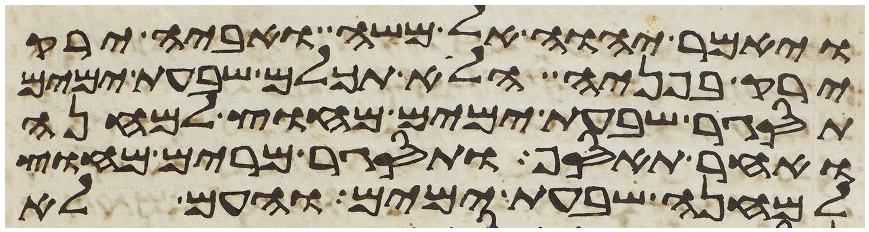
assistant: ויאמר יהוה אל משה ואביה ירק
ירק בפניה הלוא תכלם שבעת ימים
תסגר שבעת ימים מחוץ למחנה
ואחר תאסף ותסגר מרים מחוץ
למחנה שבעת ימים והעם לא